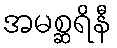
အမစ္ဆရိနီ